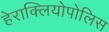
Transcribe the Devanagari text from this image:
हेराक्लियोपोलिस